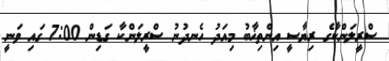
ސްރީލަންކާގެ ރިޔާސީ އިންތިޚާބު މިއަދު ހެނދުނު ސްރީލަންކާ ގަޑިން 7:00 ގައި ވަނީ